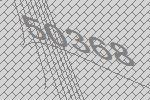
50368